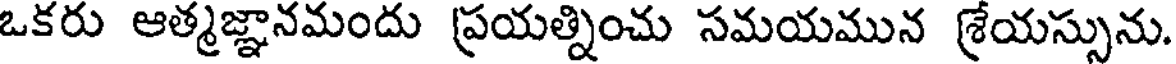
ఒకరు ఆత్మజ్ఞానమందు ప్రయత్నించు సమయమున శ్రేయస్సును.